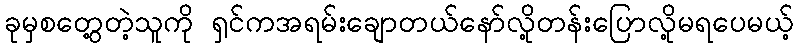
ခုမှစတွေ့တဲ့သူကို ရှင်ကအရမ်းချောတယ်နော်လို့တန်းပြောလို့မရပေမယ့်